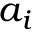
a _ { i }